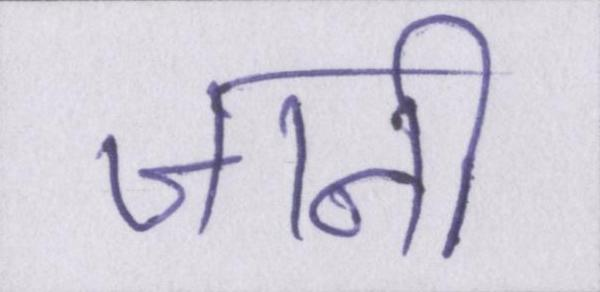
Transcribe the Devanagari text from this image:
जानी